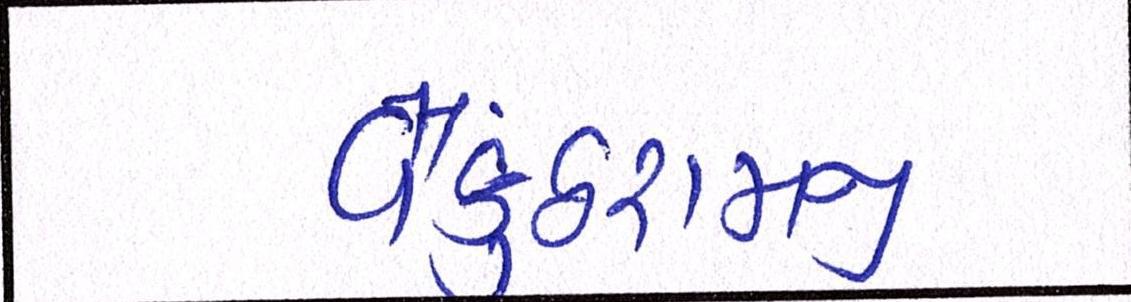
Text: વૈકુંઠરામજી